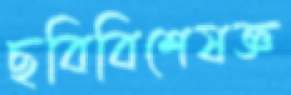
ছবিবিশেষজ্ঞ